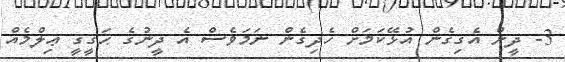
3- ދީން އެގިގެން އުޅޭކަމަށް ހެދިގެން ނަމަވެސް އެ ދީނުގެ ޙަޤީޤީ ޢިލްމެއް